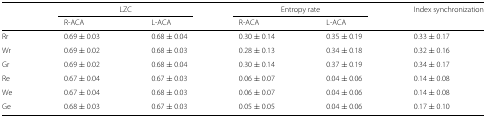
<table><thead><tr><td></td><td colspan="2"><b>LZC</b></td><td colspan="2"><b>Entropy rate</b></td><td><b>Index synchronization</b></td></tr><tr><td></td><td><b>R-ACA</b></td><td><b>L-ACA</b></td><td><b>R-ACA</b></td><td><b>L-ACA</b></td><td></td></tr></thead><tbody><tr><td>Rr</td><td>0.69 ± 0.03</td><td>0.68 ± 0.04</td><td>0.30 ± 0.14</td><td>0.35 ± 0.19</td><td>0.33 ± 0.17</td></tr><tr><td>Wr</td><td>0.69 ± 0.02</td><td>0.68 ± 0.03</td><td>0.28 ± 0.13</td><td>0.34 ± 0.18</td><td>0.32 ± 0.16</td></tr><tr><td>Gr</td><td>0.69 ± 0.02</td><td>0.68 ± 0.04</td><td>0.30 ± 0.14</td><td>0.37 ± 0.19</td><td>0.34 ± 0.17</td></tr><tr><td>Re</td><td>0.67 ± 0.04</td><td>0.67 ± 0.03</td><td>0.06 ± 0.07</td><td>0.04 ± 0.06</td><td>0.14 ± 0.08</td></tr><tr><td>We</td><td>0.67 ± 0.04</td><td>0.68 ± 0.03</td><td>0.06 ± 0.07</td><td>0.04 ± 0.06</td><td>0.14 ± 0.08</td></tr><tr><td>Ge</td><td>0.68 ± 0.03</td><td>0.67 ± 0.03</td><td>0.05 ± 0.05</td><td>0.04 ± 0.06</td><td>0.17 ± 0.10</td></tr></tbody></table>